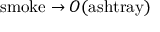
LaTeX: \mathrm { s m o k e } \rightarrow O ( \mathrm { a s h t r a y } )